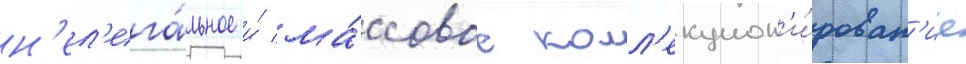
н'ел'ега́льное и́ ма́ссовое колл'екцион'и́рован'ие